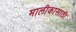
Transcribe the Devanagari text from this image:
मालीकासाठी